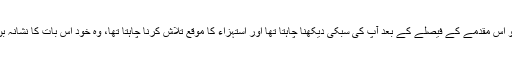
وہ جو اس مقدمے کے فیصلے کے بعد آپؑ کی سُبکی دیکھنا چاہتا تھا اور استہزاء کا موقع تلاش کرنا چاہتا تھا، وہ خود اس بات کا نشانہ بن گیا۔